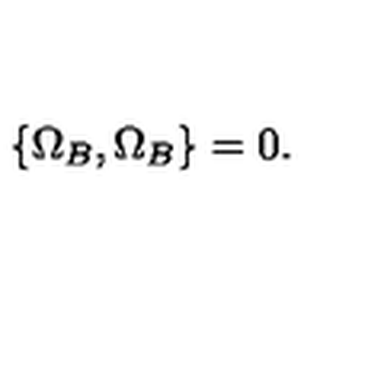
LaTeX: \{ \Omega _ { B } , \Omega _ { B } \} = 0 .